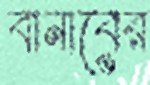
বানাবের